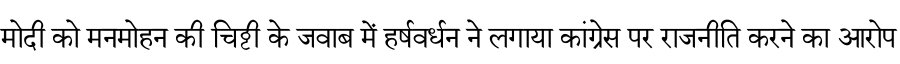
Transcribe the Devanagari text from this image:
मोदी को मनमोहन की चिट्ठी के जवाब में हर्षवर्धन ने लगाया कांग्रेस पर राजनीति करने का आरोप